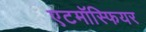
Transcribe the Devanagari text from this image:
एटमॉस्फियर